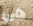
هي